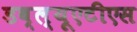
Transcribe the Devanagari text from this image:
डब्ल्यूएटीएस